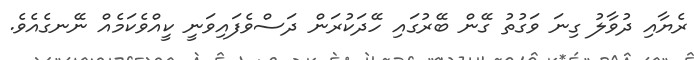
ރެޔާއި ދުވާލު ގިނަ ވަގުތު ގޭން ބޭރުގައި ހޭދަކުރަން ދަސްވެފައިވަނީ ކީއްވެކަމެއް ނޭނގެއެވެ.